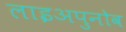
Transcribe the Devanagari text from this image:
लाइअपुनोव